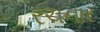
રચનાર